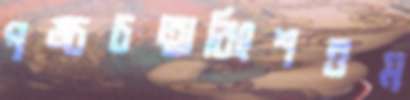
পঙ্চচত্বারিংশত্তম